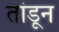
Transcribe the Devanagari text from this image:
तांडून